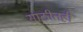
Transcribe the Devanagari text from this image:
साठीतही